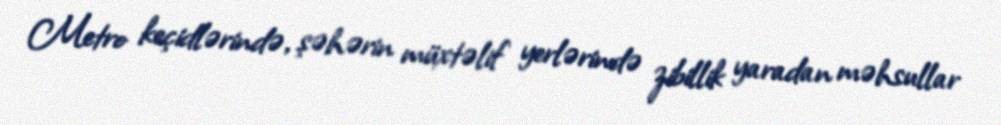
Metro keçidlərində, şəhərin müxtəlif yerlərində zibillik yaradan məhsullar